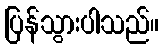
ပြန်သွားပါသည်။